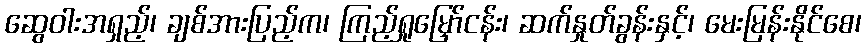
ဆွေဝါးအရှည့်၊ ချစ်အားပြည့်က၊ ကြည့်ရှုမြှော်ငန်း၊ ဆက်နှုတ်ခွန်းနှင့်၊ မေးမြန်းနိုင်စေ၊